Civil Veterinary Department Bengal reports 1923-33 - 1923-1933
Year: 1923
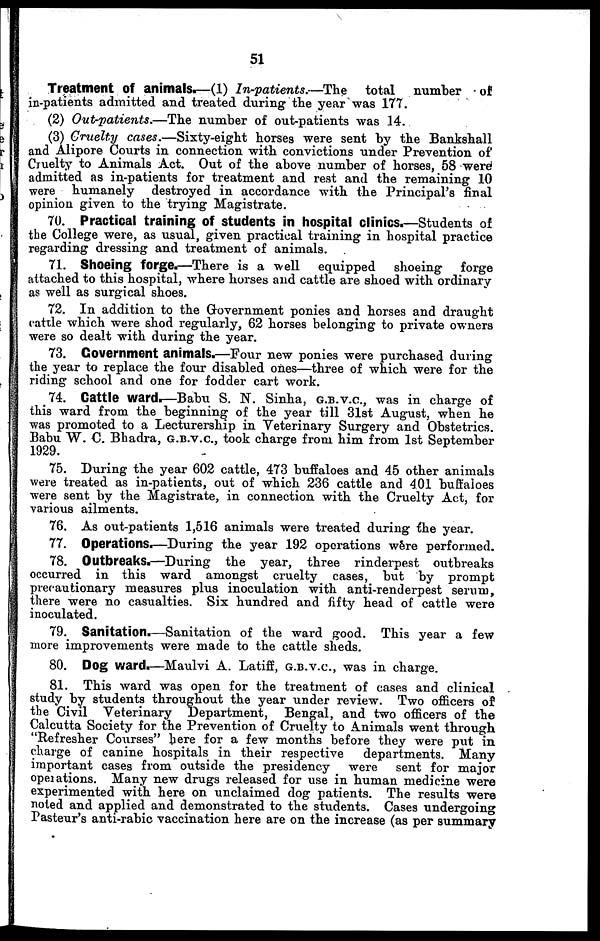
51
Treatment of animals.—(1) In-patients.—The total number of
in-patients admitted and treated during the year was 177.
(2) Out-patients.—The
number of out-patients was 14.
(3) Cruelty cases.—Sixty-eight
horses were sent by the Bankshall
and Alipore Courts in connection with convictions under Prevention of
Cruelty to Animals Act. Out of the above number of horses, 58 were
admitted as in-patients for treatment and rest and the remaining 10
were humanely destroyed in accordance with the Principal's final
opinion given to the trying Magistrate.
70. Practical training of students in hospital clinics.—Students of
the College were, as usual, given practical training in hospital practice
regarding dressing and treatment of animals.
71. Shoeing forge.—There is a well equipped
shoeing
forge
attached to this hospital, where horses and cattle are shoed with ordinary
as well as surgical shoes.
72. In addition to the Government ponies and horses and draught
cattle which were shod regularly, 62 horses belonging to private owners
were so dealt with during the year.
73. Government animals.—Four new ponies were purchased during
the year to replace the four disabled ones—three of which were for the
riding school and one for fodder cart work.
74. Cattle ward.—Babu S. N. Sinha, G.B.V.C., was in charge of
this ward from the beginning of the year till 31st August, when he
was promoted to a Lecturership in Veterinary Surgery and Obstetrics.
Babu W. C. Bhadra, G.B.V.C., took charge from him from 1st September
1929.
75. During the year 602 cattle, 473 buffaloes and 45 other animals
were treated as in-patients, out of which 236 cattle and 401 buffaloes
were sent by the Magistrate, in connection with the Cruelty Act, for
various ailments.
76. As out-patients 1,516 animals were treated during the year.
77. Operations.—During the year 192 operations were performed.
78. Outbreaks.—During the year, three rinderpest outbreaks
occurred in this ward amongst cruelty cases, but by prompt
precautionary measures plus inoculation with anti-renderpest serum,
there were no casualties. Six hundred and fifty head of cattle were
inoculated.
79. Sanitation.—Sanitation of the ward good. This year a few
more improvements were made to the cattle sheds.
80. Dog ward.—Maulvi A. Latiff, G.B.V.C., was in charge.
81. This ward was open for the treatment of cases and clinical
study by students throughout the year under review. Two officers of
the Civil Veterinary Department, Bengal, and two officers of the
Calcutta Society for the Prevention of Cruelty to Animals went through
"Refresher Courses" here for a few months before they were put in
charge of canine hospitals in their respective
departments. Many
important cases from outside the presidency
were sent for major
operations. Many new drugs released for use in human medicine were
experimented with here on unclaimed dog patients. The results were
noted and applied and demonstrated to the students. Cases undergoing
Pasteur's anti-rabic vaccination here are on the increase (as per summary